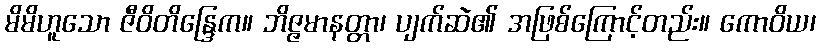
မိမိဟူသော ဇီဝိတိန္ဒြေက။ ဘိဇ္ဇမာနတ္တာ၊ ပျက်ဆဲ၏ အဖြစ်ကြောင့်တည်း။ ကောဝိယ၊